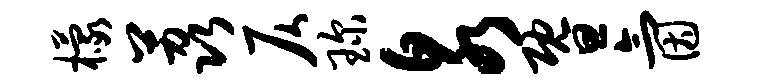
檬荔仄琛泉暨氤